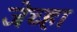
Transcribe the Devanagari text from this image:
जेच्हा